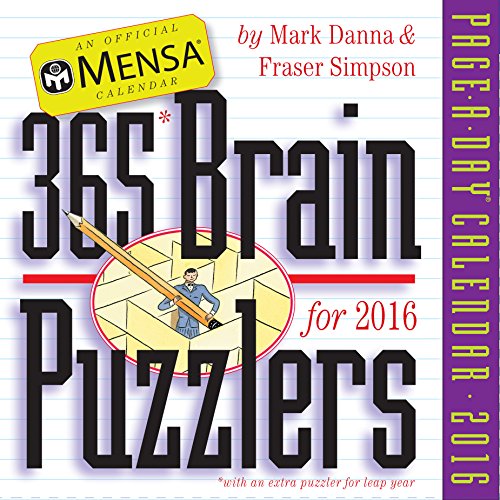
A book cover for Mensa 365 Brain Puzzlers Page-A-Day Calendar 2016; Mark Danna; Calendars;